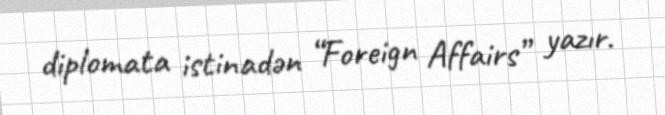
diplomata istinadən “Foreign Affairs” yazır.